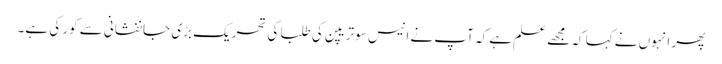
پھر انہوں نے کہا کہ مجھے علم ہے کہ آپ نے انیس سو تریپن کی طلبا کی تحریک بڑی جانفشانی سے کور کی ہے۔